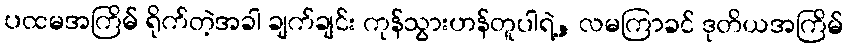
ပထမအကြိမ် ရိုက်တဲ့အခါ ချက်ချင်း ကုန်သွားဟန်တူပါရဲ့, လမကြာခင် ဒုတိယအကြိမ်